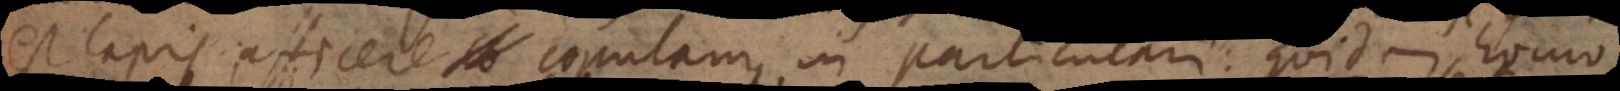
est lapis, afficere copulam, in particulari: Quidam homo